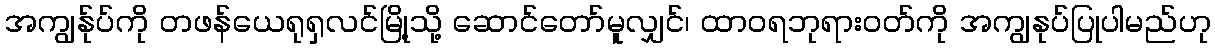
အကျွန်ုပ်ကို တဖန်ယေရုရှလင်မြို့သို့ ဆောင်တော်မူလျှင်၊ ထာဝရဘုရားဝတ်ကို အကျွနုပ်ပြုပါမည်ဟု